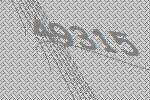
49315